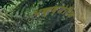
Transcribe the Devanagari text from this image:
अक्व्येटिक